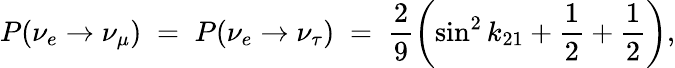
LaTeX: P(\nu_{e}\to\nu_{\mu})\; =\; P(\nu_{e}\to\nu_{\tau})\; =\; \frac{2}{9}\left(\sin^{2}k_{21}+\frac{1}{2}+\frac{1}{2}\right),